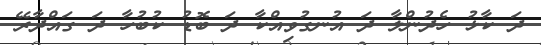
ދަ ކާޅު ހެދުންލާ ދަ އުނގުވިއްކާ ދަ ބޮޑު ކުބުހާ ދަ ގައްދާރޭ